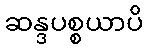
ဆန္ဒပစ္စယာပိ